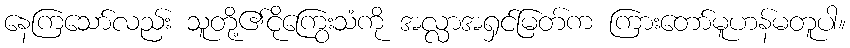
နေကြသော်လည်း သူတို့၏ငိုကြွေးသံကို အလ္လာအရှင်မြတ်က ကြားတော်မူဟန်မတူပါ။